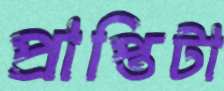
প্রাপ্তিটা